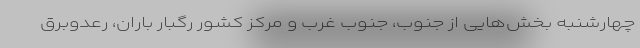
چهارشنبه بخش‌هایی از جنوب، جنوب غرب و مرکز کشور رگبار باران، رعدوبرق